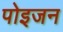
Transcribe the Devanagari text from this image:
पोइजन